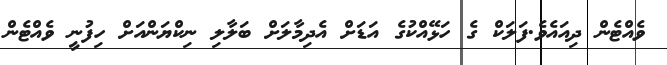
ވެއްޓެން ދިއައެވެ.ފަލަކް ގެ ހަޅޭއްކުގެ އަޑަށް އެދިމާލަށް ބަަލާލި ނިކްޔަންއަށް ހިފުނީ ވެއްޓެން